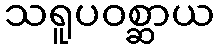
သရူပဝစ္ဆာယ